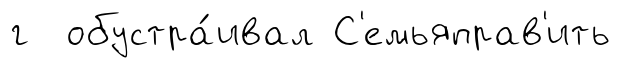
г обустра́ивал С'емьяправ'ить